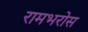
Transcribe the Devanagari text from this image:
रामभरोस